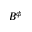
B ^ { \phi }